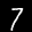
Label: 7